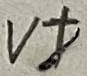
Text: V+